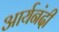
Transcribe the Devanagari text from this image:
आर्यनंदी